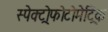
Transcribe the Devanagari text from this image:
स्पेक्ट्रोफोटोमेट्रिक